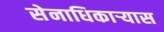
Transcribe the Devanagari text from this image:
सेनाधिकार्‍यास